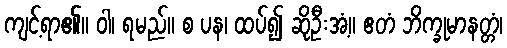
ကျင့်ရာ၏။ ဝါ၊ ရမည်။ စ ပန၊ ထပ်၍ ဆိုဦးအံ့။ ဧတံ ဘိက္ခုမာနတ္တံ၊